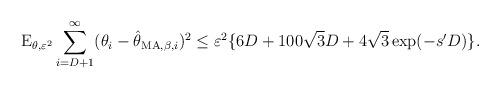
LaTeX: \begin{align*}\mathrm{E}_{\theta,\varepsilon^{2}} \sum_{i=D+1}^{\infty} (\theta_{i} - \hat{\theta}_{\mathrm{MA},\beta,i})^{2}\leq \varepsilon^{2} \{6D+100\sqrt{3}D+4\sqrt{3}\exp(-s'D)\}.\end{align*}